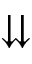
\downdownarrows